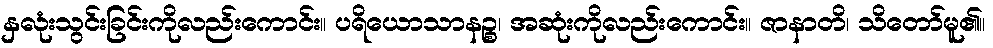
နှလုံးသွင်းခြင်းကိုလည်းကောင်း။ ပရိယောသာနဉ္စ၊ အဆုံးကိုလည်းကောင်း။ ဇာနာတိ၊ သိတော်မူ၏။